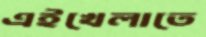
এইখেলাতে